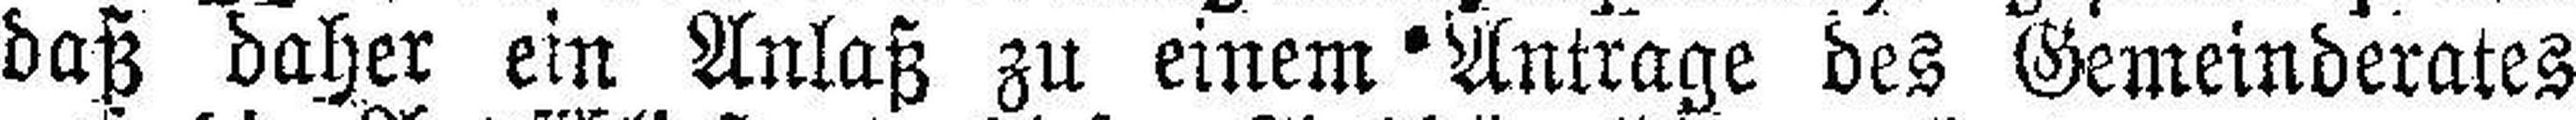
daß daher ein Anlaß zu einem Antrage des Gemeinderates